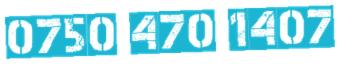
0750 470 1407